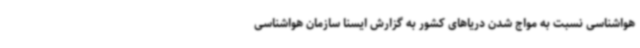
هواشناسی نسبت به مواج شدن دریاهای کشور به گزارش ایسنا سازمان هواشناسی